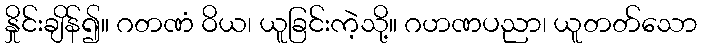
နှိုင်းချိန်၍။ ဂတဏံ ဝိယ၊ ယူခြင်းကဲ့သို့။ ဂဟဏပညာ၊ ယူတတ်သော